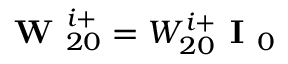
\textbf { W } _ { 2 0 } ^ { i + } = W _ { 2 0 } ^ { i + } \textbf { I } _ { 0 }